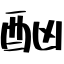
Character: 酗